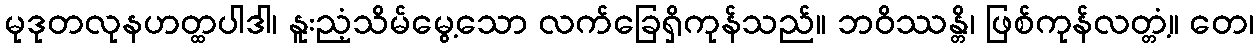
မုဒုတလုနဟတ္ထပါဒါ၊ နူးညံ့သိမ်မွေ့သော လက်ခြေရှိကုန်သည်။ ဘဝိဿန္တိ၊ ဖြစ်ကုန်လတ္တံ့။ တေ၊